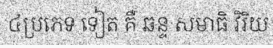
៤ប្រភេទ ទៀត គឺ ឆន្ទ សមាធិ វិរិយ